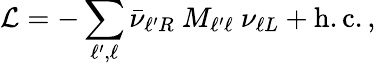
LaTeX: \mathcal{L}=-\sum_{\ell^{\prime},\ell}\bar{\nu}_{\ell^{\prime}R}\ M_{\ell^{\prime}\ell}\ \nu_{\ell L}+\mathrm{h.c.}\, ,